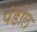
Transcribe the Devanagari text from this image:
पंडोल